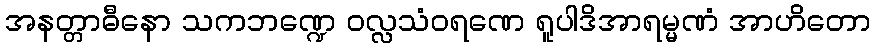
အနတ္တာဓီနော သကဘဏ္ဍေ ဝလ္လသံဝရဏေ ရူပါဒိအာရမ္မဏံ အာဟိတော